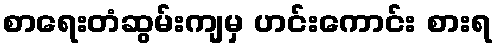
စာရေးတံဆွမ်းကျမှ ဟင်းကောင်း စားရ